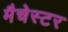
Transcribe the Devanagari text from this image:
मैचेस्टर